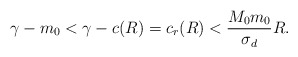
\begin{align*}\gamma-m_{0} < \gamma-c(R)=c_{r}(R)< \frac{M_{0}m_{0}}{\sigma_{d}}R.\end{align*}